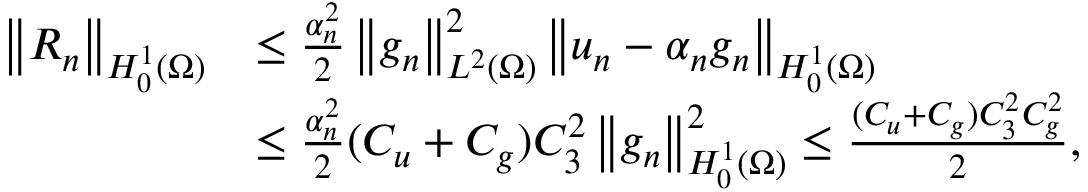
\begin{array} { r l } { \left\Vert R _ { n } \right\Vert _ { H _ { 0 } ^ { 1 } ( \Omega ) } } & { \leq \frac { \alpha _ { n } ^ { 2 } } { 2 } \left\Vert g _ { n } \right\Vert _ { L ^ { 2 } ( \Omega ) } ^ { 2 } \left\Vert u _ { n } - \alpha _ { n } g _ { n } \right\Vert _ { H _ { 0 } ^ { 1 } ( \Omega ) } } \\ & { \leq \frac { \alpha _ { n } ^ { 2 } } { 2 } ( C _ { u } + C _ { g } ) C _ { 3 } ^ { 2 } \left\Vert g _ { n } \right\Vert _ { H _ { 0 } ^ { 1 } ( \Omega ) } ^ { 2 } \leq \frac { ( C _ { u } + C _ { g } ) C _ { 3 } ^ { 2 } C _ { g } ^ { 2 } } { 2 } , } \end{array}